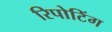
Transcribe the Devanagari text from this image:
रिपोटिंग